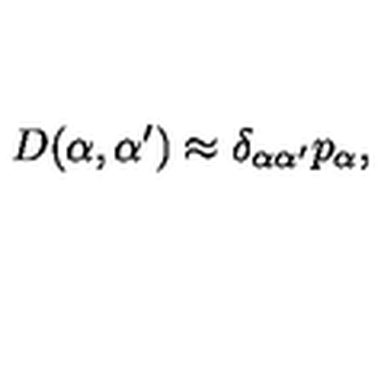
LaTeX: D ( \alpha , { \alpha ^ { \prime } } ) \approx \delta _ { \alpha { \alpha ^ { \prime } } } p _ { \alpha } ,